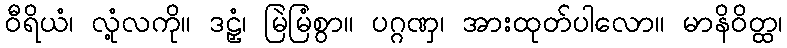
ဝီရိယံ၊ လုံ့လကို။ ဒဠှံ၊ မြဲမြံစွာ။ ပဂ္ဂဏှ၊ အားထုတ်ပါလော။ မာနိဝိတ္ထ၊